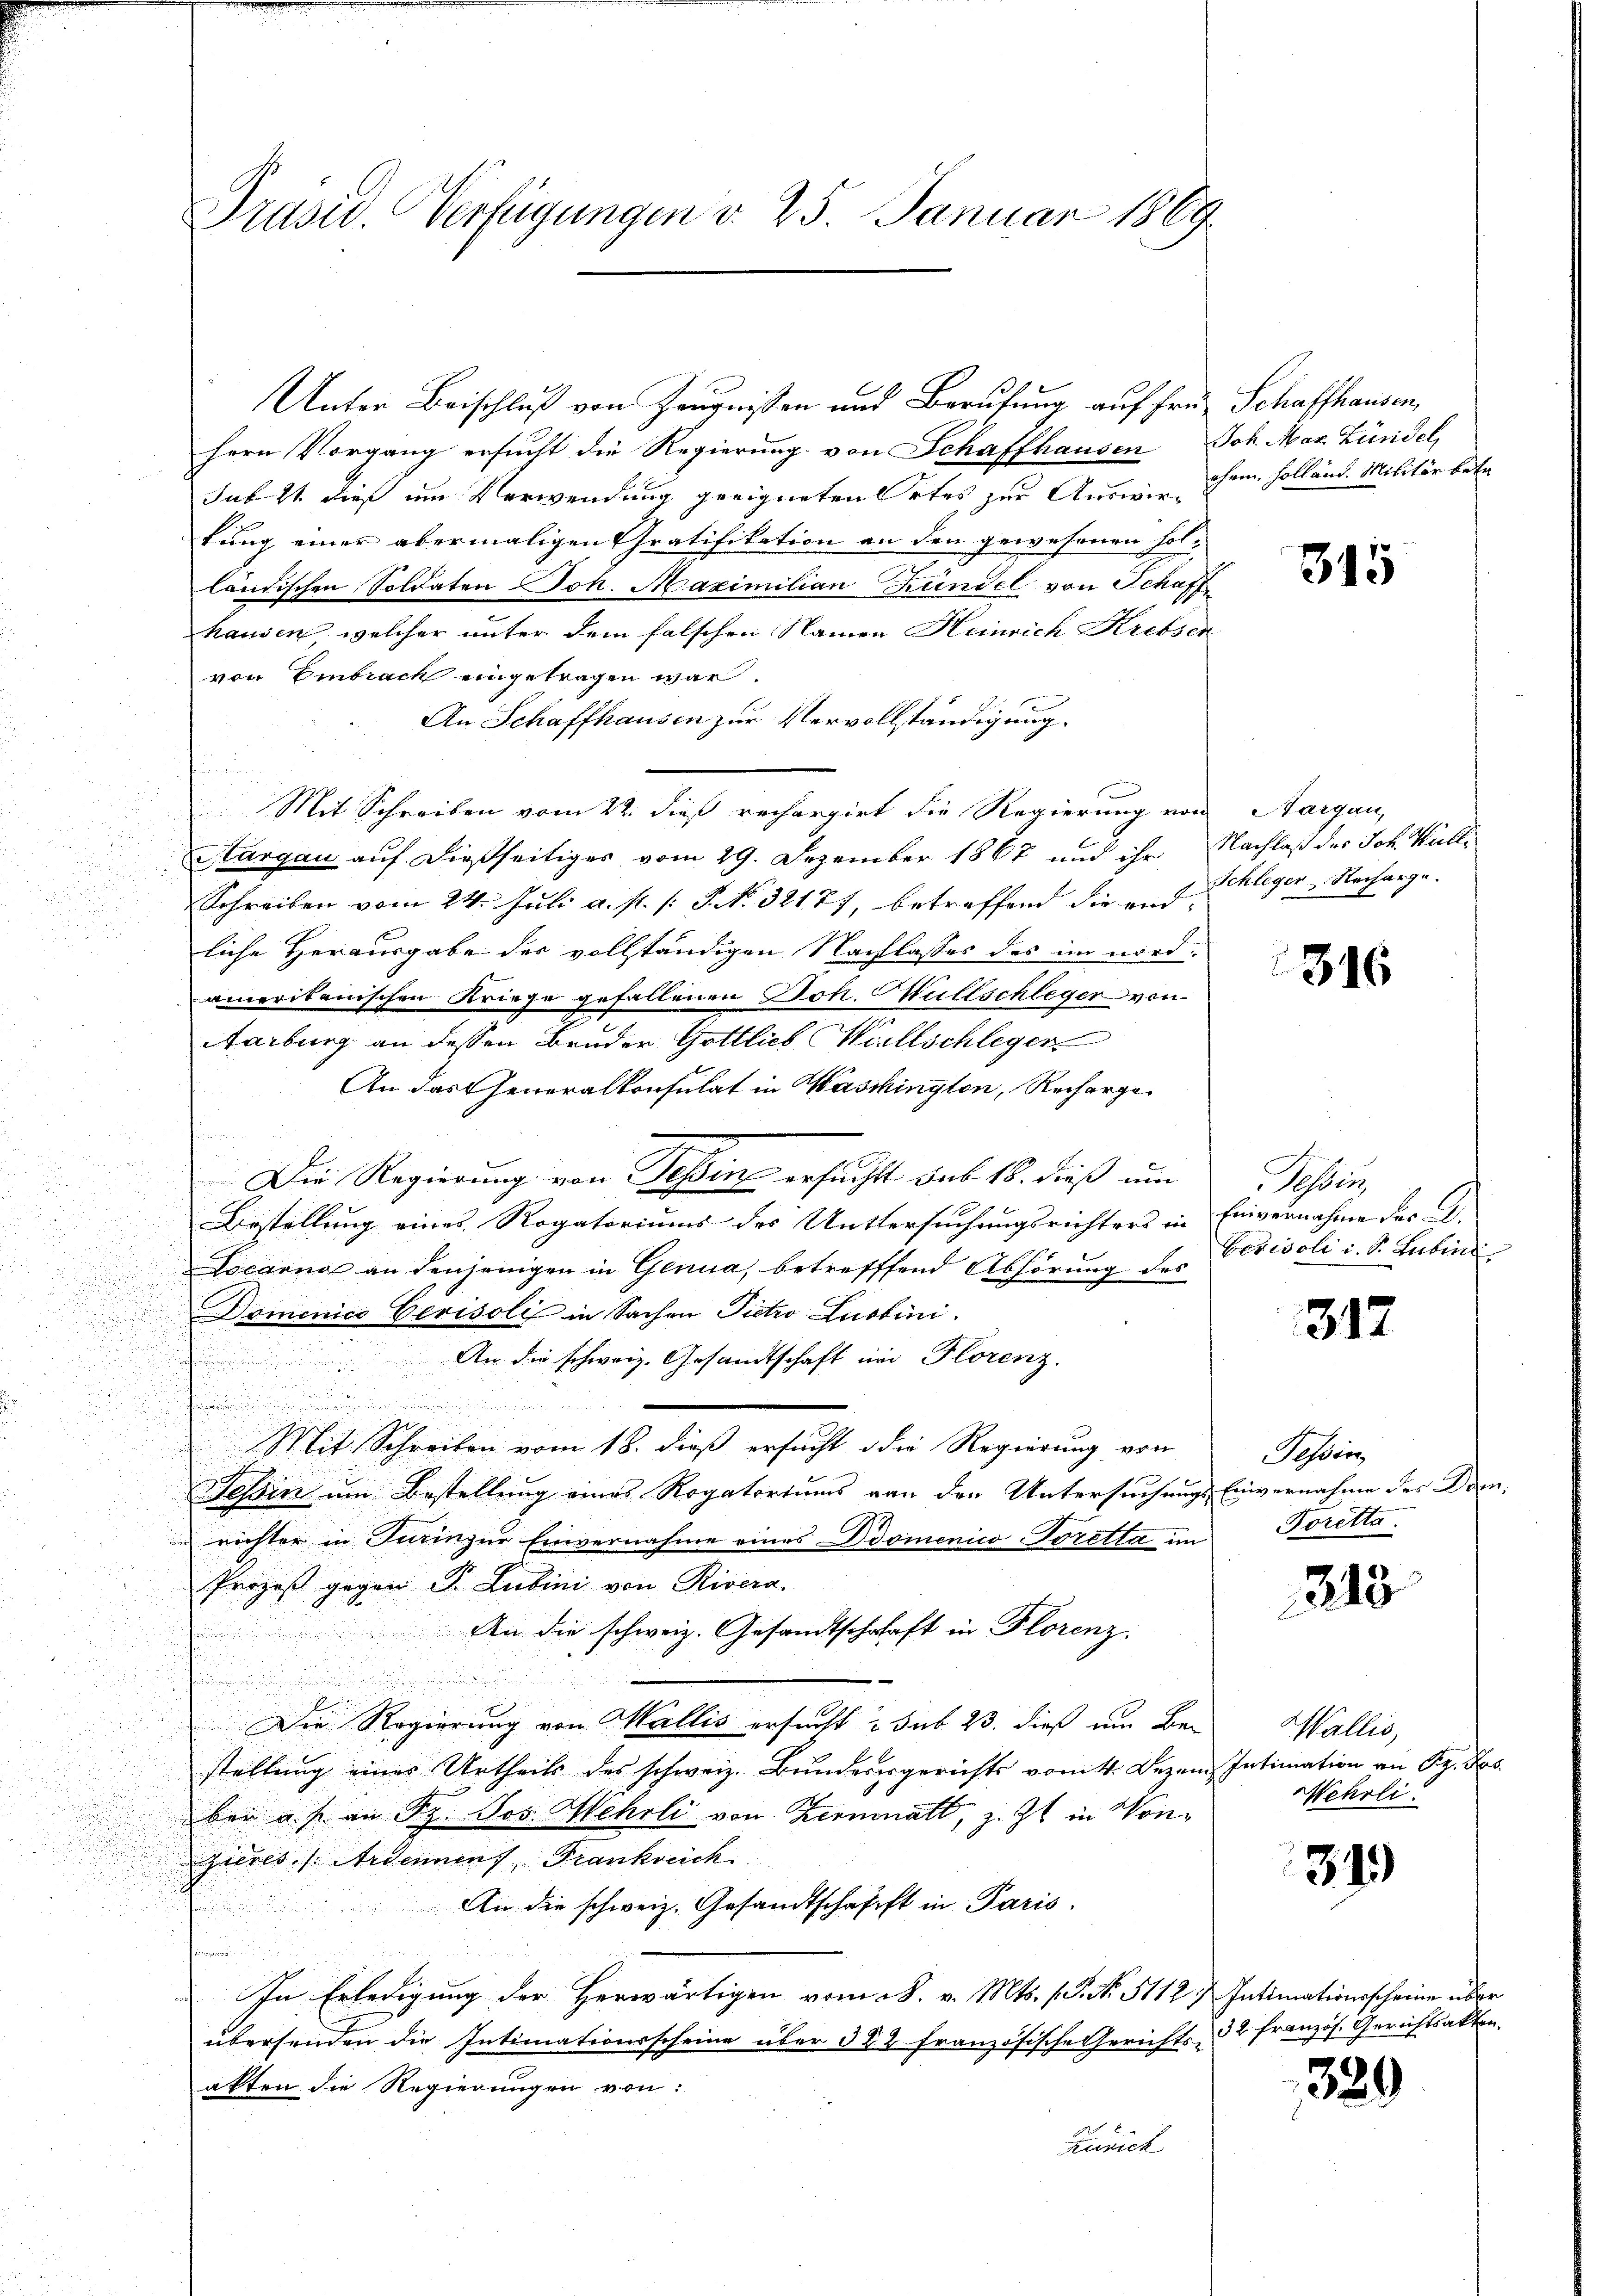
Trasu. Verfügungen d. 25. Januar 1869

Unter Beischluß von Zeugnissen und Berufung auf fre
hern Vorgang ersucht die Regierung von Schaffhausen
Jak ist dies im Verwendung geeigneten Ortes zur Auswirtung einer abermaligen Gratifikation an den gewesenen Folländischen Soldaten Joh. Maximilian Kündel von Schaff
hausen, welcher unter dem falschen Namen Heinrich Krebser
von Embrach eingetragen war.
An Schaffhausen zur Vervollständigung.
Mit Schreiben vom 22. dieß rechargirt die Regierung von
Aargau auf dießseitiges vom 29. Dezember 1867 und ihr
Schreiben vom 24. Juli a. p. 1 P. No. 32177, betreffend die endliche Herausgabe des vollständigen Nachlasses des im wird:
amerikanischen Kriege gefallenen Joh. Müllschleger von
Aarburg an dessen Bruder Gottlich Willschleger
An das Generalkonsulat in Waschington, Rechargen
Die Regierung von Tessin ersucht sub 18. dieß um
.

Bestellung eines Rogatoriums des Unttersuchungsrichters in
Locarna an denjenigen in Genua, betreffend Abhörung des
u
.
Domenico Gerisoli in Sachen Pietro Lustini.
An die schweiz. Gesandtschaft im Florenz.
u
e

d
 Mit Schreiben vom 18. dieß ersucht die Regierung von
Tessin um Bestellung eines Rogatoriums von den Untersuchungsrichter in Turin zur Einvernahme eines Domenico Toretta im
Prozeß gegen P. Lubini von Rivera
An die schweiz. Gesandtschafft in Florenz.
Die Regierung von Wallis ersucht u. sub 23. dieß um Be-
stellung eines Urtheils des schweiz. Bundenergerichts vom 4. Dezen
ben u. s. an Sr. Jos. Mehrli von Kernmatt, z. Zt. in Vor-
zieres (Ardenens, Frankreich
An die schweiz. Gesandtschafft in Paris.
In Erledigung der Herwärtigen vom 28. v. Mts. (T. No. 5112 f. Intimationsscheine über
übersenden die Intimationsscheine über 322 französische Gerichts-
akten die Regierungen von:
Zürich

Schaffhausen,
Joh. Mar. Zündel,
ohem Holland. Militär betr.

315

Sargau,
Nachlaß der Joh. Walli
Schleger Recharge.

316

Sohlen
Einvernahme des C.
berisoli u. S. Lubin

312

Tessin
Einvernahme des Dom
Toretta.

213

Wallis,
Intimation an Sr. Ros
Mehrli

349)

32 französ. Gerichtsakten.

329